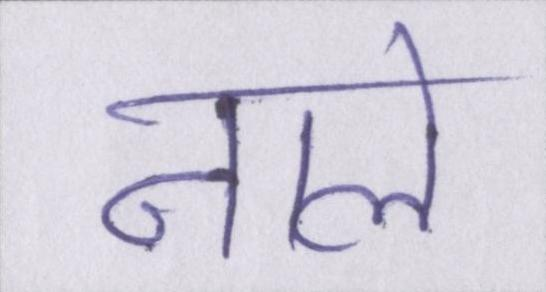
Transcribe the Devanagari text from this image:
नाले